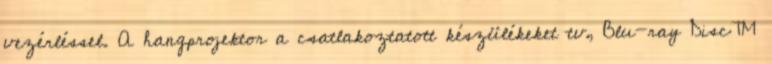
vezérléssel. A hangprojektor a csatlakoztatott készülékeket tv, Blu-ray Disc™